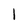
Character: 1